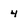
Character: 4